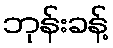
ဘုန်းခန့်